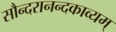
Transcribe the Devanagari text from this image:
सौन्दरानन्दकाव्यम्